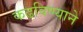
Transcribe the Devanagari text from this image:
कढविण्याने